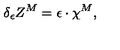
\delta _ { \epsilon } Z ^ { M } = \epsilon \cdot \chi ^ { M } ,